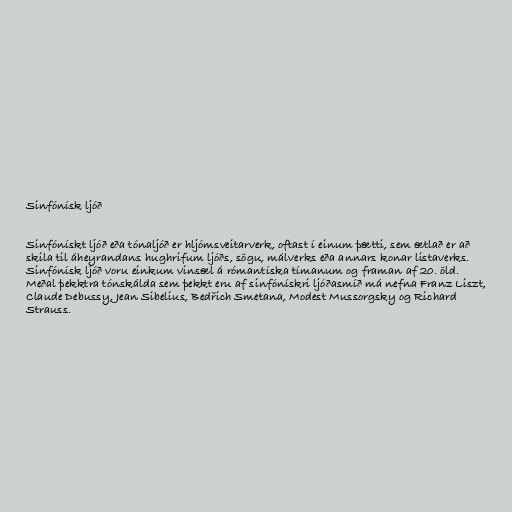
Sinfónísk ljóð

Sinfónískt ljóð eða tónaljóð er hljómsveitarverk, oftast í einum þætti, sem ætlað er að
skila til áheyrandans hughrifum ljóðs, sögu, málverks eða annars konar listaverks.
Sinfónísk ljóð voru einkum vinsæl á rómantíska tímanum og framan af 20. öld.
Meðal þekktra tónskálda sem þekkt eru af sinfónískri ljóðasmíð má nefna Franz Liszt,
Claude Debussy, Jean Sibelius, Bedřich Smetana, Modest Mussorgsky og Richard
Strauss.